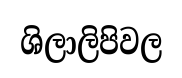
ශිලාලිපිවල